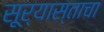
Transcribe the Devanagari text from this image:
सूर्यास्ताचा